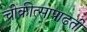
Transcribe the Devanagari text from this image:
चीकीत्सापाढती